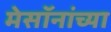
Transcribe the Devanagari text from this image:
मेसॉनांच्या